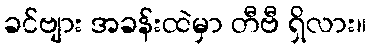
ခင်ဗျား အခန်းထဲမှာ တီဗီ ရှိလား။